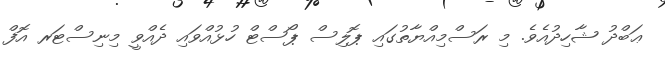
ޢަބްދު ޝާހިދުއެވެ. މި ރަސްމިއްޔާތުގައި ޕޮލިސް ޕޯސްޓް ހުޅުއްވައި ދެއްވީ މިނިސްޓަރ އޮފް